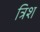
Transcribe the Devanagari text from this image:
त्रिश